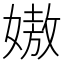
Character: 㜜